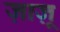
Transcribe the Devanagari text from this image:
ज़ाज़ू